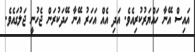
އައިސް އޭނާ ހައްޔަރުކުރިއެވެ. އަދި އެއް އަހަރު އޭނާ ހޭދަކުރަން ޖެހުނީ ޖަލުގައެވެ.